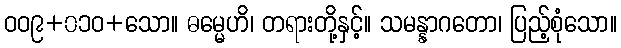
ဝဝ၉+၀၁ဝ+သော။ ဓမ္မေဟိ၊ တရားတို့နှင့်။ သမန္နာဂတော၊ ပြည့်စုံသော။